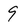
Character: 9